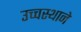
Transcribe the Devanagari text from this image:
उच्चस्थाने